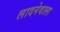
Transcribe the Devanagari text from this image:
लादनेवाला